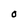
Character: O